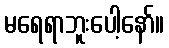
မရေရာဘူးပေါ့နော်။